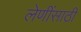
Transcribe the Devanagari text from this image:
लेणींसाठी